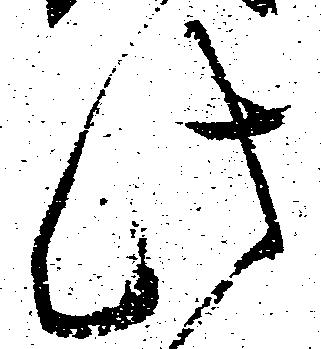
此